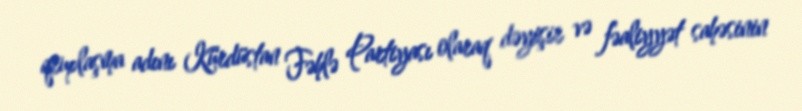
qruplaşma adını Kürdüstan Fəhlə Partiyası olaraq dəyişir və fəaliyyət sahəsinin